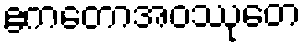
ဧကတောအဝဿုတေ